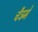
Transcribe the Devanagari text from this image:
चैत्रमे